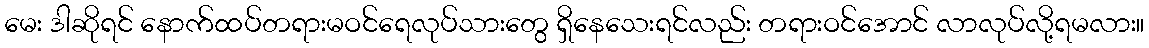
မေး ဒါဆိုရင် နောက်ထပ်တရားမဝင်ရေလုပ်သားတွေ ရှိနေသေးရင်လည်း တရားဝင်အောင် လာလုပ်လို့ရမလား။